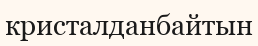
кристалданбайтын